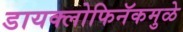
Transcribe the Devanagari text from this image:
डायक्लोफिनॅकमुळे